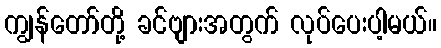
ကျွန်တော်တို့ ခင်ဗျားအတွက် လုပ်ပေးပါ့မယ်။